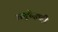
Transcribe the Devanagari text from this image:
अणुपेक्षाही